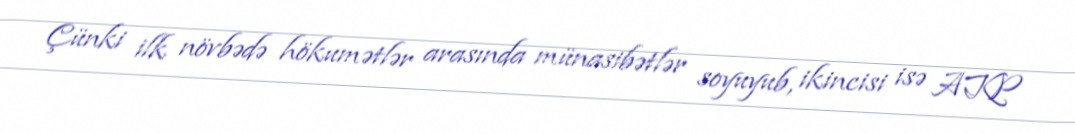
Çünki ilk növbədə hökumətlər arasında münasibətlər soyuyub, ikincisi isə AKP